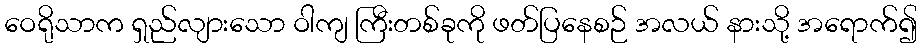
ဝေရိုသာက ရှည်လျားသော ဝါကျ ကြီးတစ်ခုကို ဖတ်ပြနေစဉ် အလယ် နားသို့ အရောက်၍